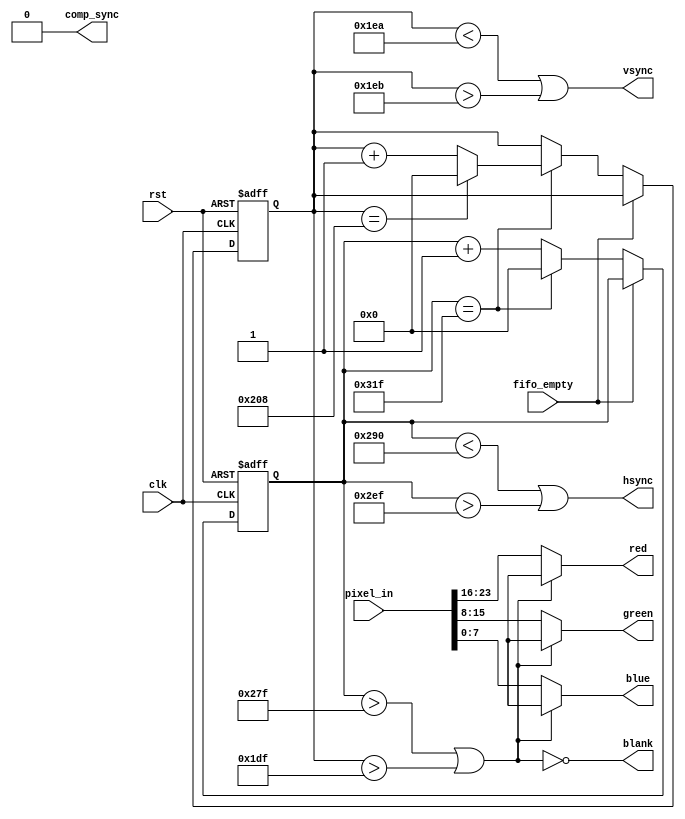
`timescale 1ns / 1ps
//////////////////////////////////////////////////////////////////////////////////
// Company: 	UW-Madison	
// 
// Design Name:    vga
// Module Name:    timing_generator
// Project Name:   Mini-Project 2 - VGA
// Target Devices:  Xilinx Vertex II FPGA
// Tool versions: 
// Description: 	Control timing of hsync, vsync, blank, and pixels for proper vga timing
//
// Dependencies: 
//
// Revision:  	1.0
// Revision 0.01 - File Created
// Additional Comments: 
//
//////////////////////////////////////////////////////////////////////////////////
module timing_generator(output [7:0] red, green, blue, output hsync, vsync, blank, comp_sync, input [23:0] pixel_in, input clk, rst, fifo_empty);
	 
	 //current pixel locations in timing
	 reg [9:0] pixel_x;
	 reg [9:0] pixel_y;
	 
	 // next pixel logic
	 wire [9:0] next_pixel_x;
	 wire [9:0] next_pixel_y;
	 
	 //update next line pixel or reset at end of line
	 assign next_pixel_x = (pixel_x == 10'd799)? 0 : pixel_x + 1;
	 //update next line when at the end of horizontal timing +1, or reset when full screen has been output
	 assign next_pixel_y = (pixel_x == 10'd799)? ((pixel_y == 10'd520) ? 0 : pixel_y + 1) : pixel_y;
	 
	 //assign 96 cycle hsync
	 assign hsync = (pixel_x < 10'd656) || (pixel_x > 10'd751); 
	 //assign 2 cycle vsync
	 assign vsync = (pixel_y < 10'd490) || (pixel_y > 10'd491);
	 //assign blank during pixel active fifo read time
	 assign blank = ~((pixel_x > 10'd639) | (pixel_y > 10'd479));
	 //not used
	 assign comp_sync = 1'b0;
		
	 //continuously assign rgb values when reading from fifo
	 assign red = (blank) ? pixel_in[23:16] : 8'hxx;
	 assign green = (blank) ? pixel_in[15:8] : 8'hxx;
	 assign blue = (blank) ? pixel_in[7:0] : 8'hxx;
	 
	 //sequential logic
	 always@(posedge clk, posedge rst)
	   if(rst) begin
		  pixel_x <= 10'h0;
		  pixel_y <= 10'h0;
		end else begin
			//if the fifo is empty, don't update pixel
		    if(!fifo_empty) begin
		        pixel_x <= next_pixel_x;
		        pixel_y <= next_pixel_y;
		    end
		end
		
endmodule